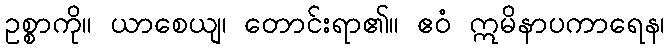
ဥစ္စာကို။ ယာစေယျ၊ တောင်းရာ၏။ ဧဝံ ဣမိနာပကာရေန၊